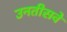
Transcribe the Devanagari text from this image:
उनतीसवें